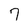
Character: 7